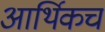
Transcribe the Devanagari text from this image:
आर्थिकच